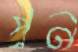
প্রন